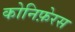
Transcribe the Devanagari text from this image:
कोनिफ़ेरस